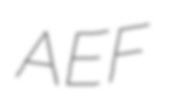
AEF